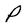
Character: P